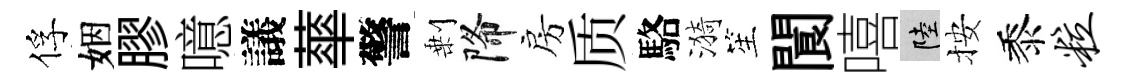
俘姻膠噫議蕐警剰降房质駱漪笙閬嘻陸按黍粒